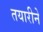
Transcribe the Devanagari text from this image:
तयारीने